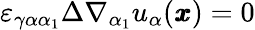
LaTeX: \varepsilon_{\gamma\alpha\alpha_{1}}\Delta\nabla_{\alpha_{1}}u_{\alpha}({\pmb x})=0